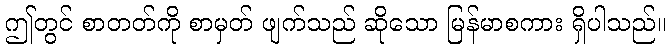
ဤတွင် စာတတ်ကို စာမှတ် ဖျက်သည် ဆိုသော မြန်မာစကား ရှိပါသည်။